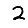
Digit: 2